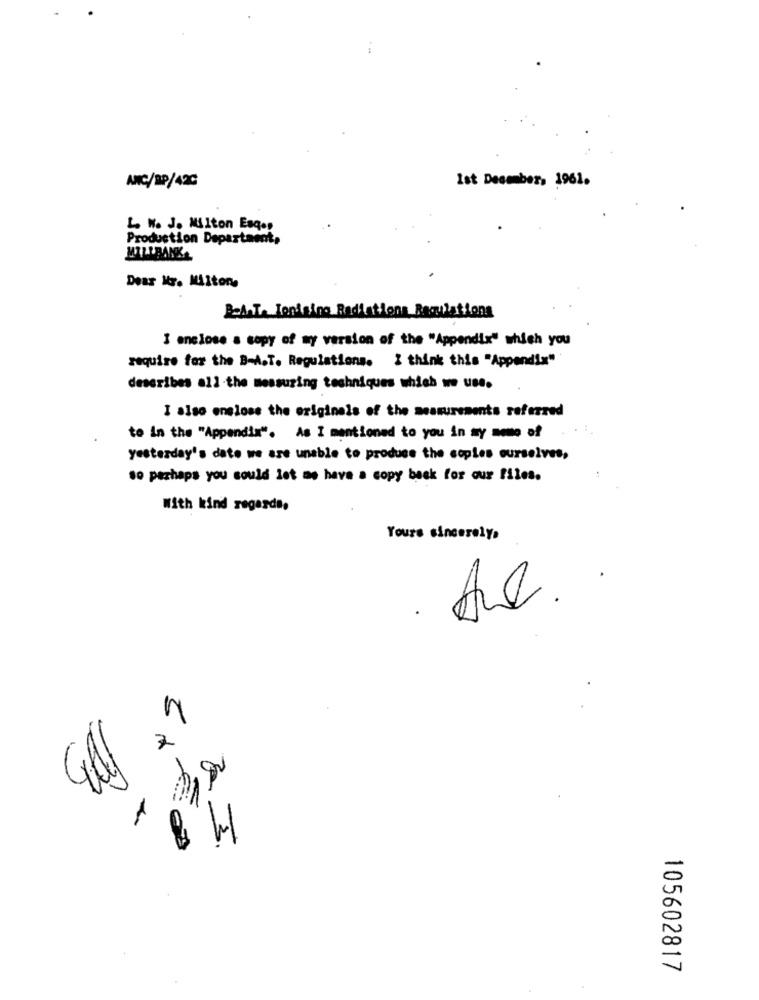
Ist December, 1961.
ANC/DP/42C
L Wo Jo Milton Esqop
Production Departaent,
MILLBANK-
Dear Mr. Milton
BeA.T. Fontaine Radiations Regulations
I enclose a copy of my version of the "Appendix" which you
require for the B-A.T. Regulations. I think this "Appendix"
describes all the messusing techniques which we use.
I also enclose the originals of the measurements referred
to in the "Appendix". As I mentioned to you in my some of
yesterday's date we are unable to produce the copies ourselves,
so perhaps you could let me have a copy back for our files.
With kind regards,
Yours sincerely.
105602817